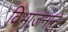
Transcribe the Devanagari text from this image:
विभाजनाने